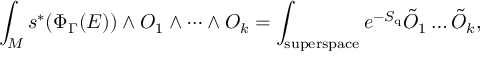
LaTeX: \int _ { M } s ^ { * } ( \Phi _ { \Gamma } ( E ) ) \wedge { \cal O } _ { 1 } \wedge \dots \wedge { \cal O } _ { k } = \int _ { \mathrm { s u p e r s p a c e } } e ^ { - S _ { \mathrm { q } } } \tilde { { \cal O } } _ { 1 } \dots \tilde { { \cal O } } _ { k } ,